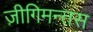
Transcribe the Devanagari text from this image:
ज़ीगिमन्तस